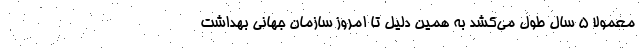
معمولا ۵ سال طول می‌کشد به همین دلیل تا امروز سازمان جهانی بهداشت